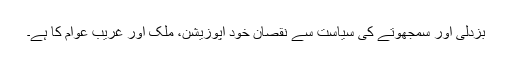
بزدلی اور سمجھوتے کی سیاست سے نقصان خود اپوزیشن، ملک اور غریب عوام کا ہے۔